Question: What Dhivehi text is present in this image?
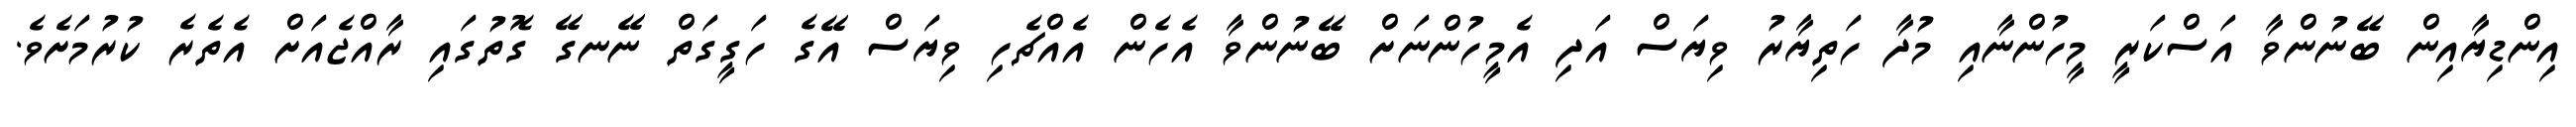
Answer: އިންޑިޔާއިން ބޭނުންވާ އަސްކަރީ މީހުންނާއި މުދާ ހަތިޔާރު ވިޔަސް އަދި އެމީހުންނަށް ބޭނުންވާ އެހެން އެއްޗެހި ވިޔަސް އޭގެ ހަގީގަތް ނޭނގޭ ގޮތުގައި ރާއްޖެއަށް އެތެރެ ކުރުމަށެވެ.